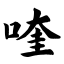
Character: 喹